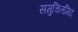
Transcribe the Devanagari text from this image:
समुचितमिदं